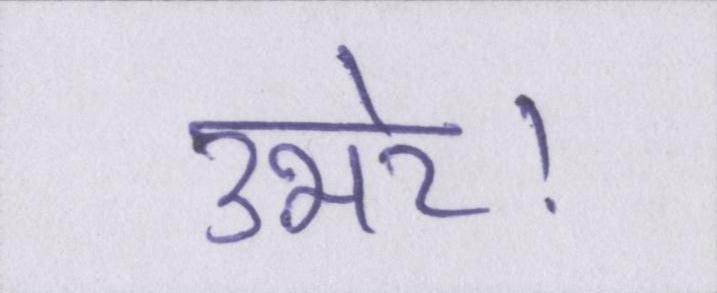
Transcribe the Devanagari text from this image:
उभरे।